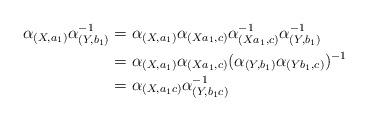
LaTeX: \begin{align*} \alpha_{(X,a_{1})}\alpha_{(Y,b_{1})}^{-1}&= \alpha_{(X,a_{1})}\alpha_{(Xa_{1},c)}\alpha_{(Xa_{1},c)}^{-1}\alpha_{(Y,b_{1})}^{-1} \\ &= \alpha_{(X,a_{1})}\alpha_{(Xa_{1},c)}(\alpha_{(Y,b_{1})}\alpha_{(Yb_{1},c)})^{-1} \\ &=\alpha_{(X,a_{1}c)}\alpha_{(Y,b_{1}c)}^{-1} \end{align*}